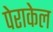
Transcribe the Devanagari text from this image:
पेराकेल